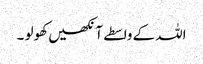
اللہ کے واسطے آنکھیں کھولو ۔